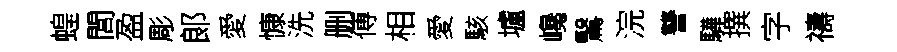
蝗閭盈彫郞愛慷洗删傅相愛駭壚巉鷖浣讐驊撰字禱